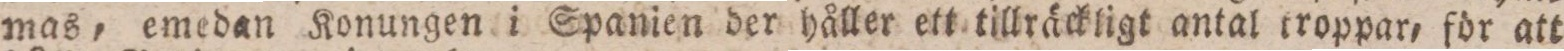
mas, emedan Konungen i Spanien der håller ett tillräckligt antal troppar, för att